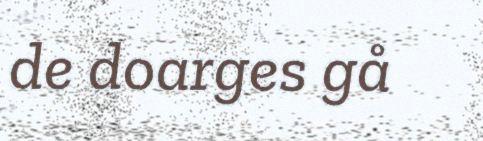
de doarges gå